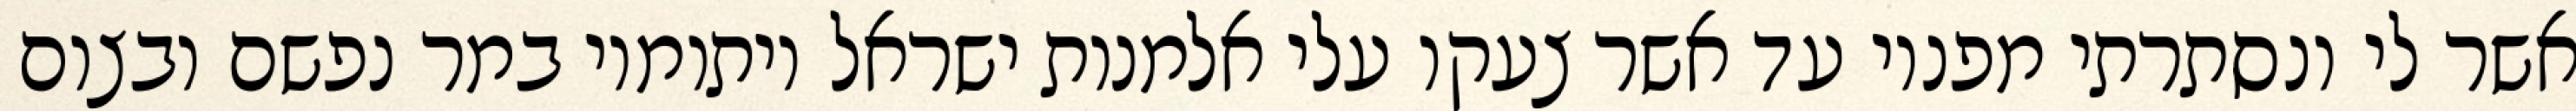
אשר לי ונסתרתי מפניו עד אשר צעקו עלי אלמנות ישראל ויתומיו במר נפשם ובצום